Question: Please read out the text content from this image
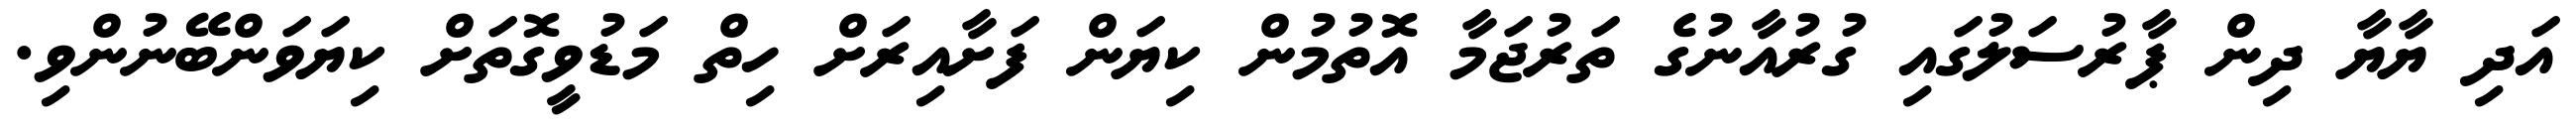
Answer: އަދި ޔާޔާ ދިން ޕާރުސަލުގައި ގުރުއާނުގެ ތަރުޖަމާ އޮތުމުން ކިޔަން ފަށާއިރަށް ހިތް މަޑުވީގޮތަށް ކިޔަވަންބޭނުންވި.